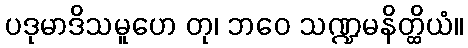
ပဒုမာဒိသမူဟေ တု၊ ဘဝေ သဏ္ဍမနိတ္ထိယံ။